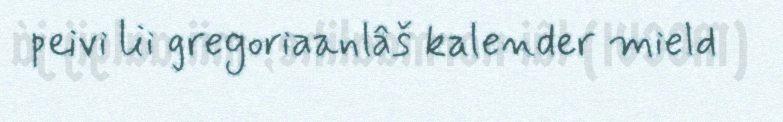
peivi lii gregoriaanlâš kalender mield